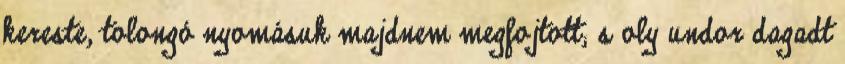
kereste, tolongó nyomásuk majdnem megfojtott; s oly undor dagadt